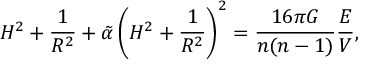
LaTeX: H ^ { 2 } + \frac { 1 } { R ^ { 2 } } + \tilde { \alpha } \left( H ^ { 2 } + \frac { 1 } { R ^ { 2 } } \right) ^ { 2 } = \frac { 1 6 \pi G } { n ( n - 1 ) } \frac { E } { V } ,